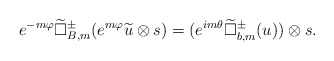
\begin{align*} e^{-m\varphi}\widetilde\Box^{\pm}_{B,m}(e^{m\varphi}\widetilde u\otimes s)=(e^{im\theta}\widetilde{\Box}^{\pm}_{b,m}(u))\otimes s.\end{align*}